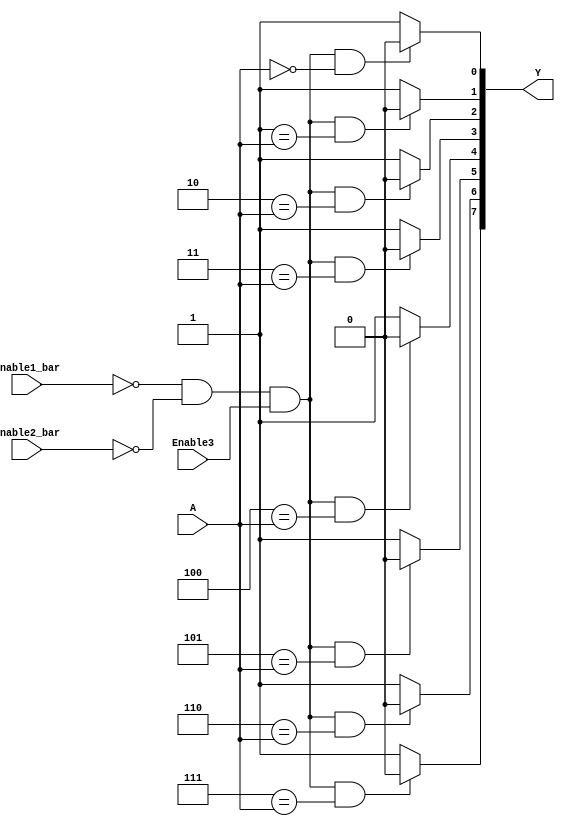
// ttl_74138_nodly.v
`default_nettype none
`timescale 1ns/10ps

module ttl_74138_nodly #(parameter WIDTH_OUT = 8, WIDTH_IN = $clog2(WIDTH_OUT))
(
  input wire Enable1_bar, //4 G2An
  input wire Enable2_bar, //5 G2Bn
  input wire Enable3, //6 G1
  input wire [WIDTH_IN-1:0] A, //3,2,1 C,B,A
  output wire [WIDTH_OUT-1:0] Y //7,9,10,11,12,13,14,15 Y[7:0]
);

//------------------------------------------------//
reg [WIDTH_OUT-1:0] computed;
integer i;

always @(*)
begin
  for (i = 0; i < WIDTH_OUT; i=i+1)
  begin
    if (!Enable1_bar && !Enable2_bar && Enable3 && i == A)
      computed[i] = 1'b0;
    else
      computed[i] = 1'b1;
  end
end
//------------------------------------------------//

assign Y = computed;

endmodule